Notes on vaccination in the North-West Frontier Province 1923-1928 - 1923-1928
Year: 1923
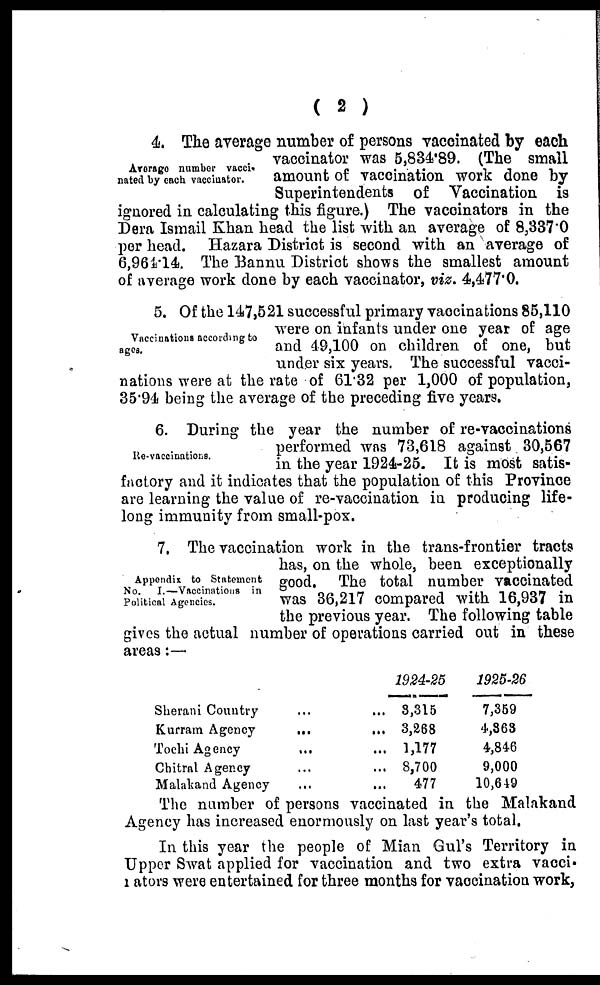
( 2 )
Average number vacci¬
nated by each vaccinator.
4. The average number of persons vaccinated by each
vaccinator was 5,834.89. (The small
amount of vaccination work done by
Superintendents of Vaccination is
ignored in calculating this figure.) The vaccinators in the
Dera Ismail Khan head the list with an average of 8,337.0
per head. Hazara District is second with an average of
6,964.14. The Bannu District shows the smallest amount
of average work done by each vaccinator, viz. 4,477.0.
Vaccinations according to
ages.
5. Of the 147,521 successful primary vaccinations 85,110
were on infants under one year of age
and 49,100 on children of one, but
under six years. The successful vacci-
nations were at the rate of 61.32 per 1,000 of population,
35.94 being the average of the preceding five years.
Re-vaccinations.
6. During the year the number of re-vaccinations
performed was 73,618 against 30,567
in the year 1924-25. It is most satis-
factory and it indicates that the population of this Province
are learning the value of re-vaccination in producing life-
long immunity from small-pox.
Appendix to Statement
No. I.—Vaccinations in
Political Agencies.
7. The vaccination work in the trans-frontier tracts
has, on the whole, been exceptionally
good. The total number vaccinated
was 36,217 compared with 16,937 in
the previous year. The following table
gives the actual number of operations carried out in these
areas:—
Sherani Country ... ...
Kurram Agency
...
...
Tochi Agency
... ...
Chitral Agency... ...
Malaland Agency ... ...
1924-25
3,315
3,268
1,177
8,700
477
1925-26
7,359
4,363
4,846
9,000
10,649
The number of persons vaccinated in the Malakand
Agency has increased enormously on last year's total.
In this year the people of Mian Gul's Territory in
Upper Swat applied for vaccination and two extra vacci¬
nators were entertained for three months for vaccination work,